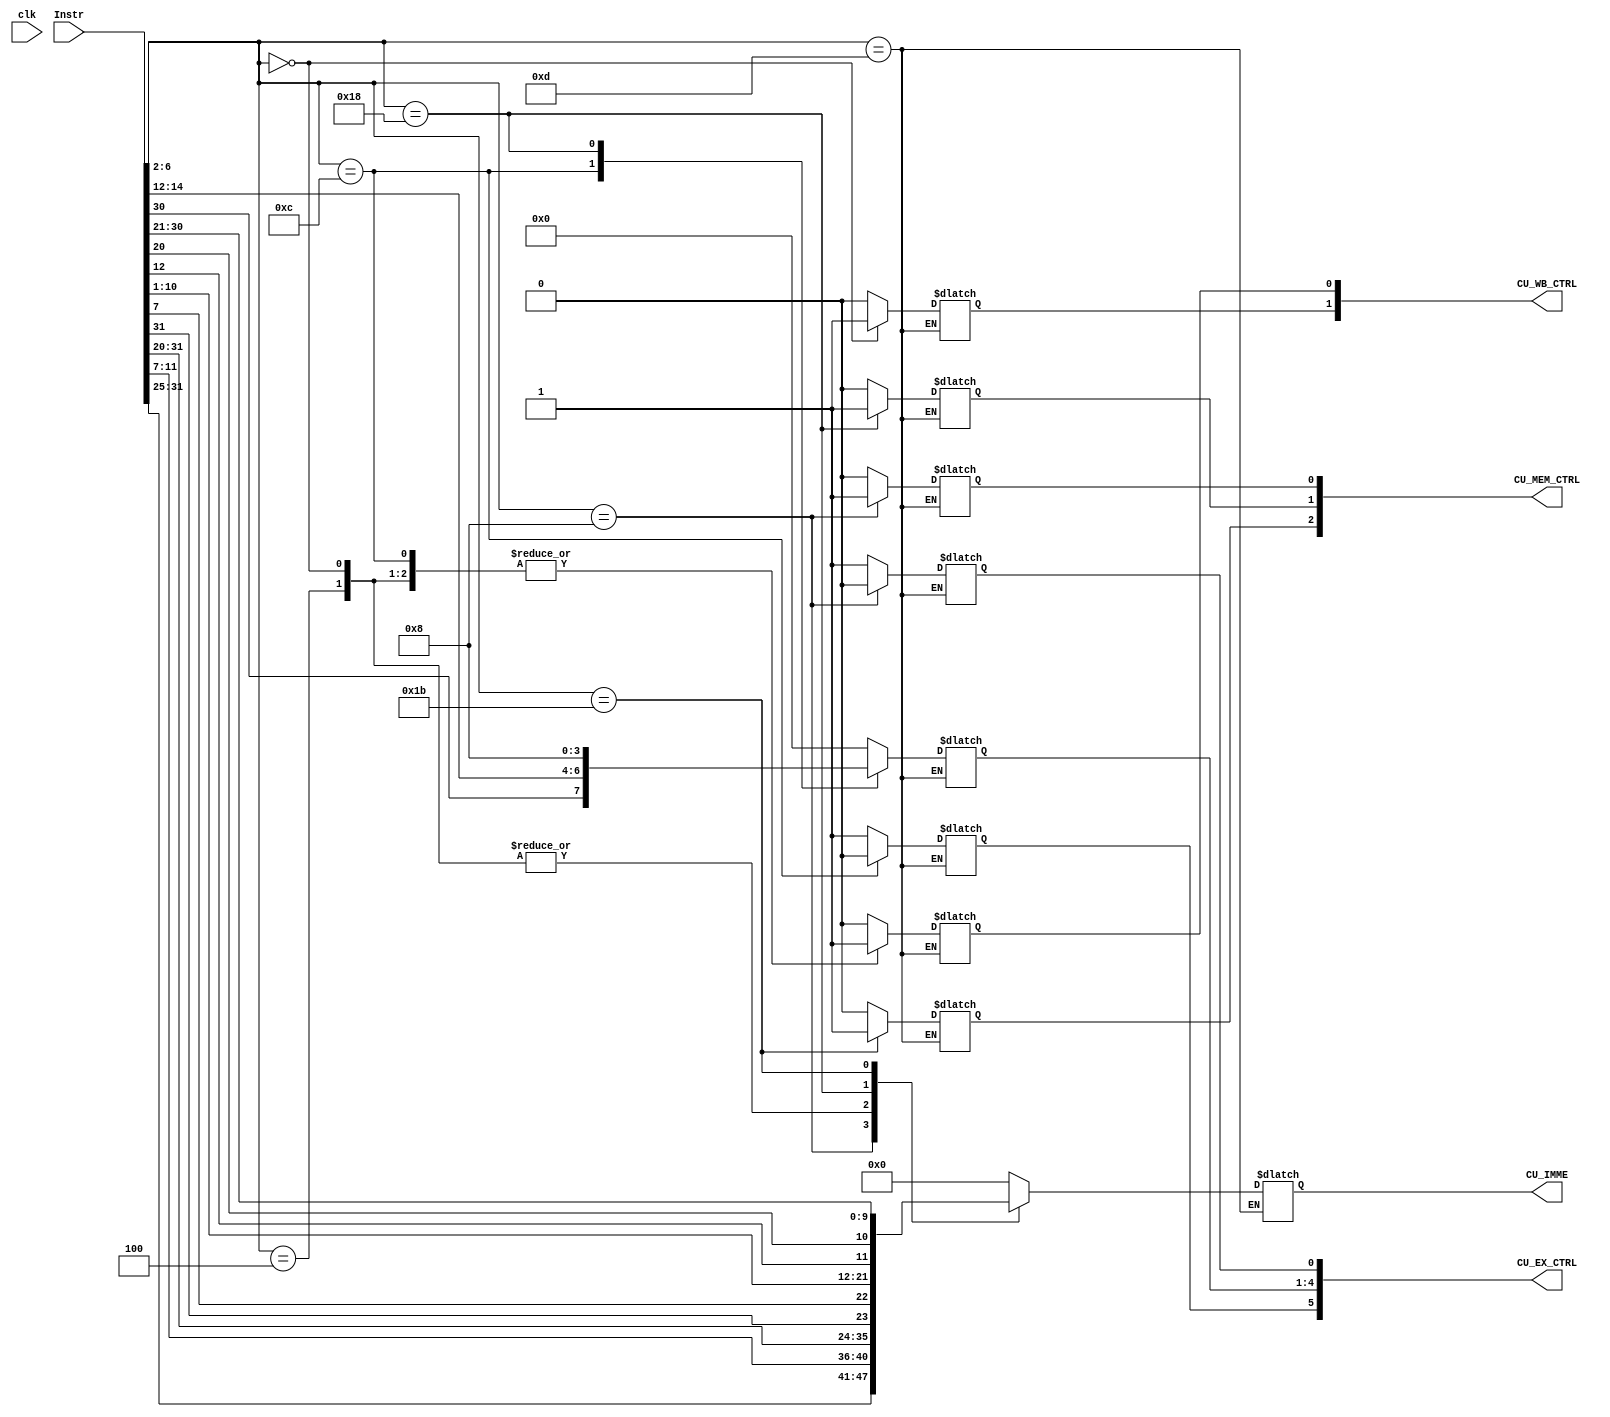
module ControlUnit_v1(Instr,CU_EX_CTRL,CU_MEM_CTRL,CU_WB_CTRL,CU_IMME,clk);
input clk;
input [31:0] Instr;
output [5:0] CU_EX_CTRL;
output [2:0] CU_MEM_CTRL;
output [1:0] CU_WB_CTRL;
output [11:0] CU_IMME;

reg[11:0] CU_IMM;

//EX_stage control signal - 6bit
reg CU_ALUSrc;
reg [3:0]CU_ALU_OP;
reg CU_RegDst;
//MEM_stage control signal - 3bit
reg CU_Branch,CU_Jump;
reg CU_MemWrite;
//WB_stage control signal 
reg CU_MemtoReg, CU_RegWrite;

//control unit control signal
wire[4:0] OP_CODE;
wire[2:0] Funct3;

assign OP_CODE = Instr[6:2];
assign Funct3 = Instr[14:12];

// output signal
assign CU_EX_CTRL = {CU_ALUSrc, CU_ALU_OP, CU_RegDst};

assign CU_MEM_CTRL = {CU_Jump,CU_Branch,CU_MemWrite};

assign CU_WB_CTRL = {CU_MemtoReg, CU_RegWrite};

assign CU_IMME = CU_IMM;

always @(*)

begin
  case(OP_CODE)
  5'b00000: //LW neglect Funct3, do load double
  begin
    CU_IMM = Instr[31:20];
    CU_ALU_OP = 4'b0000; //ALU add
    CU_RegWrite = 1;
    CU_MemWrite = 0;
    CU_RegDst = 1;
    CU_MemtoReg = 1; //ALU value
    CU_ALUSrc = 1; //Rs+Rt
    CU_Branch = 0;
    CU_Jump = 0;
  end

  5'b01000: //SW neglect Funct3, do store double
  begin
    CU_IMM = {Instr[31:25], Instr[11:7]};
    CU_ALU_OP = 4'b0000; //ALU add
    CU_RegWrite = 0;
    CU_MemWrite = 1;
    CU_RegDst = 0;
    CU_MemtoReg = 0; //ALU value
    CU_ALUSrc = 1; //Rs+IME
    CU_Branch = 0;
    CU_Jump = 0;
  end

  5'b00100: //I-type ADDI
  begin
    CU_IMM = Instr[31:20];
    CU_ALUSrc = 1;
    CU_ALU_OP = 4'b0000; //ALU add
    CU_RegDst = 1;
    CU_MemWrite = 0;
    CU_Branch = 0;
    CU_Jump = 0;
    CU_MemtoReg = 0; //ALU value
    CU_RegWrite = 1;
  end

  5'b01100://R_type
  begin
    CU_IMM = 12'b0000_0000_0000; 
    CU_ALUSrc = 0; //Rs+Rt
    CU_ALU_OP = {Instr[30],Instr[14:12]};
    CU_RegDst = 1;
    CU_MemWrite = 0;
    CU_Branch = 0;
    CU_Jump = 0;
    CU_MemtoReg = 0; //ALU value
    CU_RegWrite = 1;
  end
  5'b01101:
  begin
    
  end

  5'b11000://BEQ
  begin
    CU_IMM = {Instr[31],Instr[7],Instr[10:5],Instr[4:1]};
    CU_ALUSrc = 1;//---
    CU_ALU_OP = 4'b1000;//---
    CU_RegDst = 1;//---
    CU_MemWrite = 0;
    CU_Branch = 1;
    CU_Jump = 0;
    CU_MemtoReg = 0; //ALU value
    CU_RegWrite = 0;
  end

  5'b11011://JAL
  begin
  //only use lower 12 bit
    CU_IMM = {Instr[12],Instr[20],Instr[30:21]};// Instr[31],Instr[19:12],Instr[20],Instr[30:21]  [20:1]
    CU_ALUSrc = 1;
    CU_ALU_OP = 4'b0000;
    CU_RegDst = 1;
    CU_MemWrite = 0;
    CU_Branch = 0;
    CU_Jump = 1;
    CU_MemtoReg = 0; //ALU value
    CU_RegWrite = 0;
  end
  default:
  begin
    CU_IMM = 12'b0000_0000_0000;// Instr[31],Instr[19:12],Instr[20],Instr[30:21]  [20:1]
    CU_ALUSrc = 1;
    CU_ALU_OP = 4'b0000;
    CU_RegDst = 1;
    CU_MemWrite = 0;
    CU_Branch = 0;
    CU_Jump = 0;
    CU_MemtoReg = 0; //ALU value
    CU_RegWrite = 0;
  
  end

endcase

end
endmodule